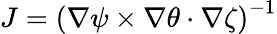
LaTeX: J=\left(\nabla\psi\times\nabla\theta\cdot\nabla\zeta\right)^{-1}